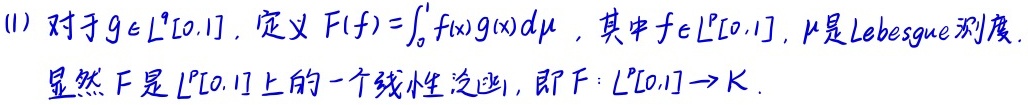
(1) 对于$g \in L^q[0,1]$，定义$F(f)=\int_{0}^{1} f(x)g(x)d\mu$，其中$f \in L^p[0,1]$，$\mu$是Lebesgue测度.
显然$F$是$L^p[0,1]$上的一个线性泛函，即$F: L^p[0,1] \to \mathbb{K}$.